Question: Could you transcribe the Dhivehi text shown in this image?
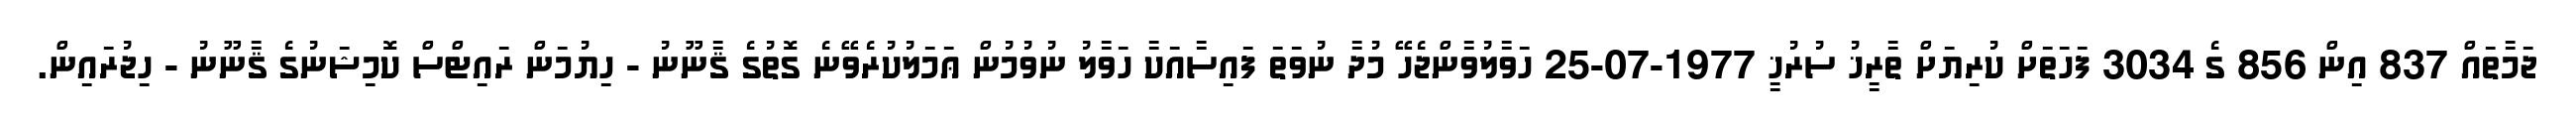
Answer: ޖަމާތައް 837 އިން 856 ގެ 3034 ފަހަތަށް ކުރިޔަށް ތާރީޚު ސުރުޚީ 1977-07-25 ހަވާލުވާންޖެހޭ މުދާ ނުވަތަ ފައިސާއަކާ ހަވާލު ނުވުމުން ޢަމަލުކުރެވޭނެ ގޮތުގެ ޤާނޫނު - ހިޔުމަން ރައިޓްސް ކޮމިޝަނުގެ ޤާނޫނު - ހިޖުރައިން.